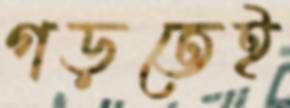
গড়তেই